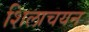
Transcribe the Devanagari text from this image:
शिलाचयन